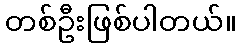
တစ်ဦးဖြစ်ပါတယ်။